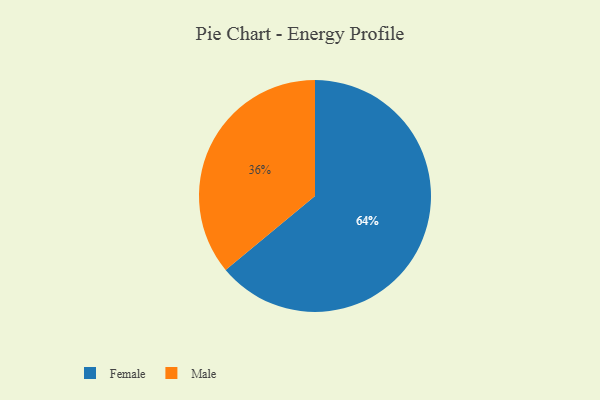
{"axis": {"x": "Category", "y": "Percentage"}, "legend": ["Female", "Male"], "data": [{"x": "Male", "y": 36, "type": "Male"}, {"x": "Female", "y": 64, "type": "Female"}]}